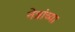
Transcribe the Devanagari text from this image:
नेत्रांच्या